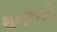
થનગનતો